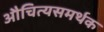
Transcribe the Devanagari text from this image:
औचित्यसमर्थक